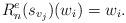
LaTeX: \begin{align*}R^e_n(s_{v_j})(w_{i})=w_{i}.\end{align*}